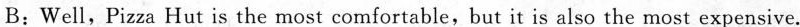
B:Well,Pizza Hut is the most comfortable,but it is also the most expensive.